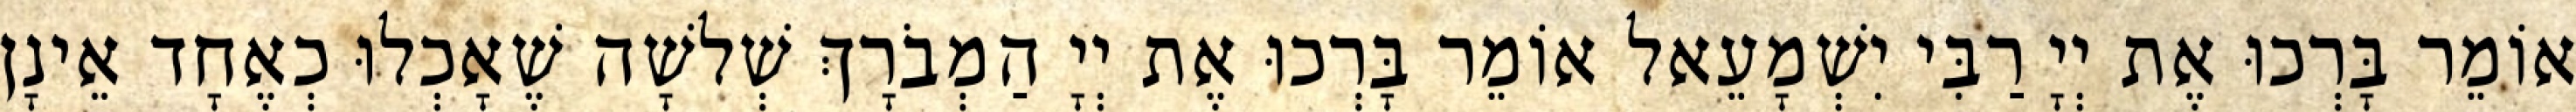
אוֹמֵר בָּרְכוּ אֶת יְיָ רַבִּי יִשְׁמָעֵאל אוֹמֵר בָּרְכוּ אֶת יְיָ הַמְבֹרָךְ שְׁלשָׁה שֶׁאָכְלוּ כְאֶחָד אֵינָן